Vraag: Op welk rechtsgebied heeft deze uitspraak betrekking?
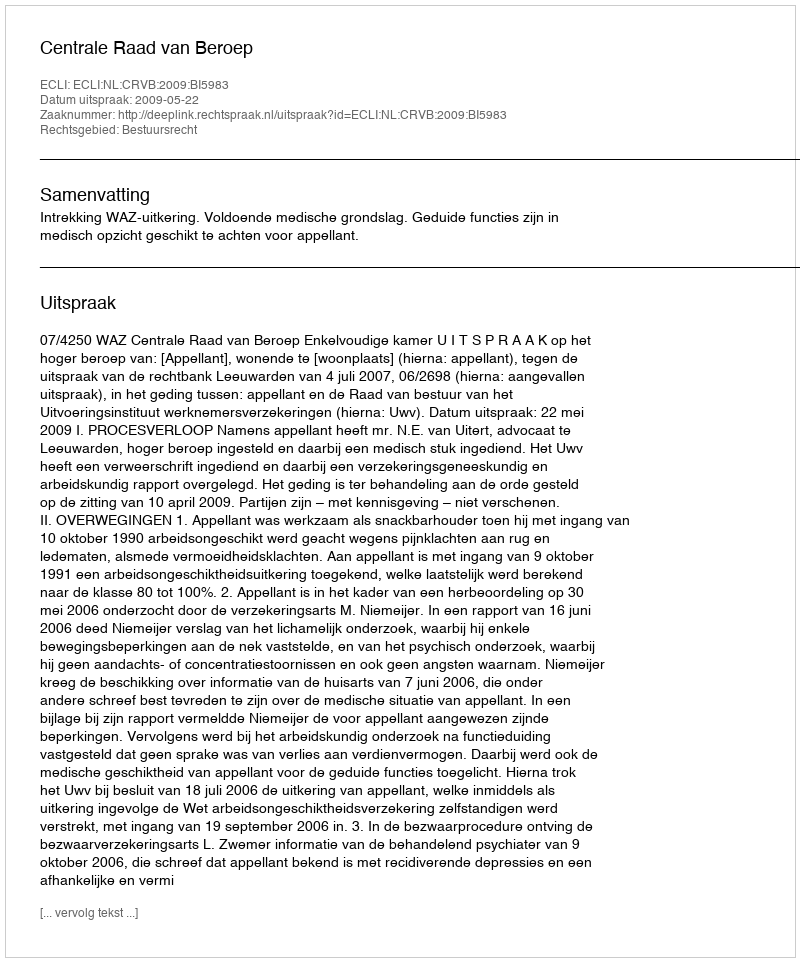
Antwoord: Bestuursrecht